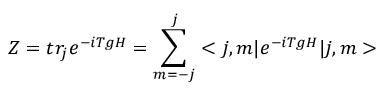
Z = t r _ { j } e ^ { - i T g H } = \sum _ { m = - j } ^ { j } < j , m | e ^ { - i T g H } | j , m >